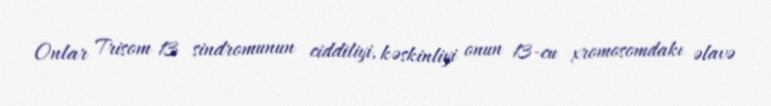
Onlar Trisom 13 sindromunun ciddiliyi, kəskinliyi onun 13-cu xromosomdakı əlavə